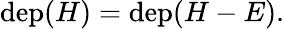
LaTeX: \begin{array}{r}{\mathrm{dep}(H)=\mathrm{dep}(H-E).}\end{array}